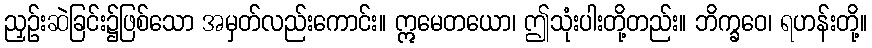
ညှဉ်းဆဲခြင်း၌ဖြစ်သော အမှတ်လည်းကောင်း။ ဣမေတယော၊ ဤသုံးပါးတို့တည်း။ ဘိက္ခဝေ၊ ရဟန်းတို့။